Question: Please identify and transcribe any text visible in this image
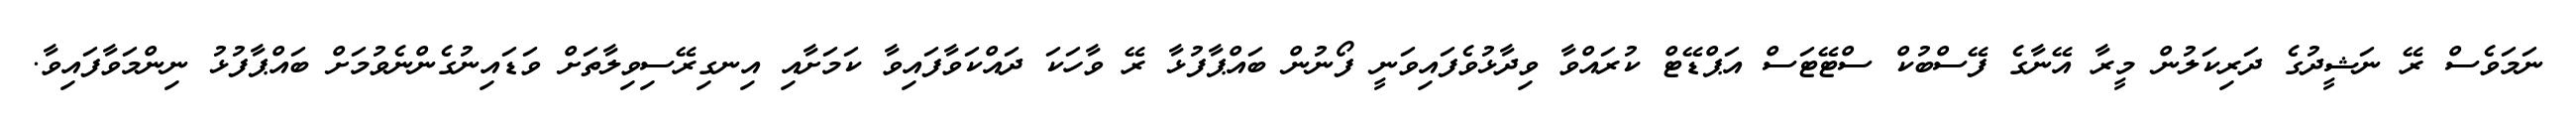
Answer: ނަމަވެސް ރޭ ނަޝީދުގެ ދަރިކަލުން މީރާ އޭނާގެ ފޭސްބުކް ސްޓޭޓަސް އަޕްޑޭޓް ކުރައްވާ ވިދާޅުވެފައިވަނީ ފޯނުން ބައްޕާފުޅާ ރޭ ވާހަކަ ދައްކަވާފައިވާ ކަމަށާއި އިނގިރޭސިވިލާތަށް ވަޑައިނުގެންނެވުމަށް ބައްޕާފުޅު ނިންމަވާފައިވާ.